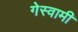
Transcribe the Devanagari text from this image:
गेस्वामी